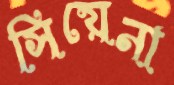
সিয়েনা